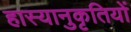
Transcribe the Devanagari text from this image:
हास्यानुकृतियों